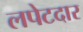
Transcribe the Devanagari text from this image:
लपेटदार